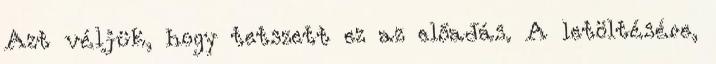
Azt véljük, hogy tetszett ez az előadás. A letöltésére,